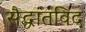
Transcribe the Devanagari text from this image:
सैद्धांतविद